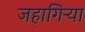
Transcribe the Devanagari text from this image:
जहागिऱ्या